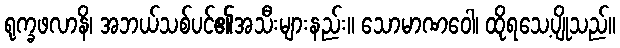
ရုက္ခဖလာနိ၊ အဘယ်သစ်ပင်၏အသီးများနည်း။ သောမာဏဝေါ၊ ထိုရသေ့ပျိုသည်။